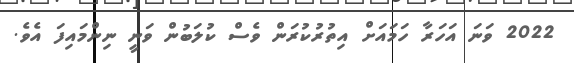
2022 ވަނަ އަހަރާ ހަމައަށް އިތުރުކުރަން ވެސް ކުލަބުން ވަނީ ނިންމައިފަ އެވެ.